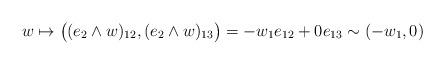
LaTeX: \begin{align*}w\mapsto\big( (e_2\wedge w)_{12}, (e_2\wedge w)_{13}\big)=-w_1e_{12}+0 e_{13}\sim(-w_1,0)\end{align*}